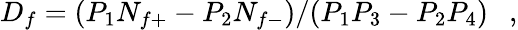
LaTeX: D_{f}=(P_{1}N_{f+}-P_{2}N_{f-})/(P_{1}P_{3}-P_{2}P_{4})~~~,